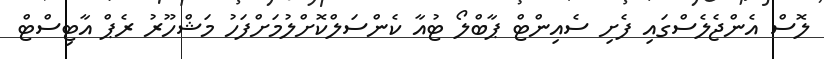
ލޮސް އެންޖެލެސްގައި ފެށި ސެއިންޓް ޕާބްލޯ ޓުއާ ކެންސަލްކޮށްލުމަށްފަހު މަޝްހޫރު ރެޕް އާޓިސްޓް